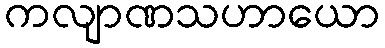
ကလျာဏသဟာယော